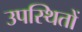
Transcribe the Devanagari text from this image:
उपस्थितों